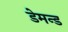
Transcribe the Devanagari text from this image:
डेमन्ड